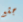
جشع